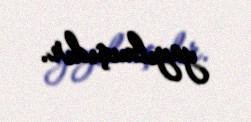
yayılmışıdır.